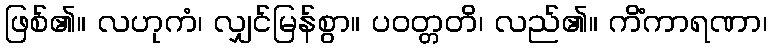
ဖြစ်၏။ လဟုကံ၊ လျှင်မြန်စွာ။ ပဝတ္တတိ၊ လည်၏။ ကိံကာရဏာ၊